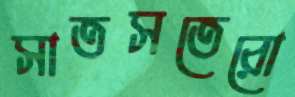
সাতসতেরো